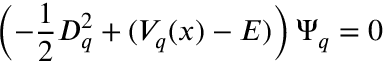
\left( - \frac { 1 } { 2 } D _ { q } ^ { 2 } + ( V _ { q } ( x ) - E ) \right) \Psi _ { q } = 0